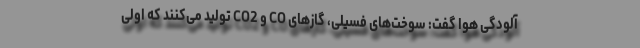
آلودگی هوا گفت: سوخت‌های فسیلی، گازهای CO و CO2 تولید می‌کنند که اولی